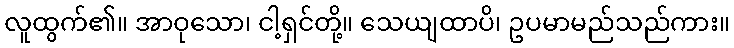
လူထွက်၏။ အာဝုသော၊ ငါ့ရှင်တို့။ သေယျထာပိ၊ ဥပမာမည်သည်ကား။